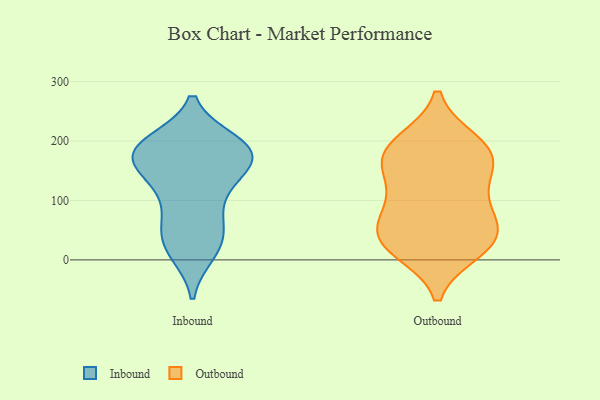
{"axis": {"x": "Production Output", "y": "Value"}, "legend": ["Inbound", "Outbound"], "data": [{"x": "", "y": 176, "type": "Inbound"}, {"x": "", "y": 13, "type": "Inbound"}, {"x": "", "y": 120, "type": "Inbound"}, {"x": "", "y": 191, "type": "Inbound"}, {"x": "", "y": 180, "type": "Inbound"}, {"x": "", "y": 197, "type": "Inbound"}, {"x": "", "y": 143, "type": "Inbound"}, {"x": "", "y": 174, "type": "Inbound"}, {"x": "", "y": 57, "type": "Inbound"}, {"x": "", "y": 172, "type": "Inbound"}, {"x": "", "y": 72, "type": "Inbound"}, {"x": "", "y": 196, "type": "Inbound"}, {"x": "", "y": 48, "type": "Inbound"}, {"x": "", "y": 15, "type": "Inbound"}, {"x": "", "y": 113, "type": "Inbound"}, {"x": "", "y": 28, "type": "Inbound"}, {"x": "", "y": 181, "type": "Inbound"}, {"x": "", "y": 185, "type": "Inbound"}, {"x": "", "y": 147, "type": "Inbound"}, {"x": "", "y": 168, "type": "Outbound"}, {"x": "", "y": 153, "type": "Outbound"}, {"x": "", "y": 40, "type": "Outbound"}, {"x": "", "y": 86, "type": "Outbound"}, {"x": "", "y": 40, "type": "Outbound"}, {"x": "", "y": 104, "type": "Outbound"}, {"x": "", "y": 182, "type": "Outbound"}, {"x": "", "y": 17, "type": "Outbound"}, {"x": "", "y": 24, "type": "Outbound"}, {"x": "", "y": 75, "type": "Outbound"}, {"x": "", "y": 33, "type": "Outbound"}, {"x": "", "y": 154, "type": "Outbound"}, {"x": "", "y": 198, "type": "Outbound"}, {"x": "", "y": 194, "type": "Outbound"}]}